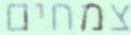
צמחים